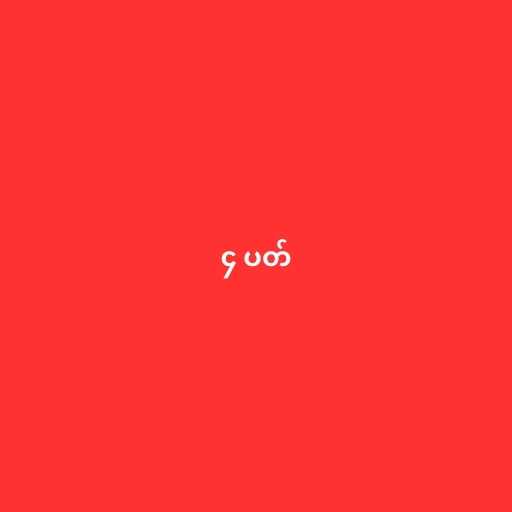
၄ ပတ်